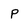
Character: P